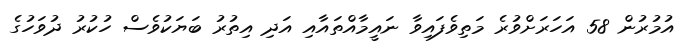
އުމުރުން 58 އަހަރަށްވުރެ މަތިވެފައިވާ ނައީމާއްތައާއި އަދި އިތުރު ބަޔަކުވެސް ހުކުރު ދުވަހުގެ